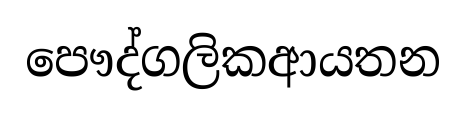
පෞද්ගලිකආයතන